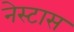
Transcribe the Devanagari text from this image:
नेस्टास